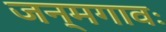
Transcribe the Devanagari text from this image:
जन्मगावः